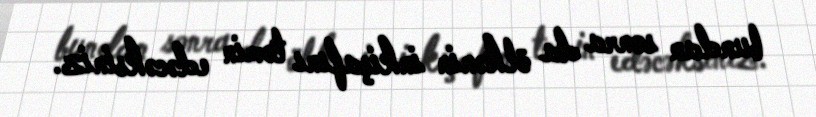
bundan sonra da ölkənin inkişafını təmin edəcəksiniz.